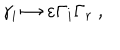
\gamma _ { i } \mapsto \varepsilon \Gamma _ { i } \Gamma _ { r } ~ ,